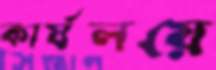
কার্যলয়ে